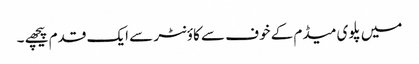
میں پلوی میڈم کے خوف سے کاؤنٹر سے ایک قدم پیچھے ۔